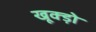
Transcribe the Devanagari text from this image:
खूक्ड़ो